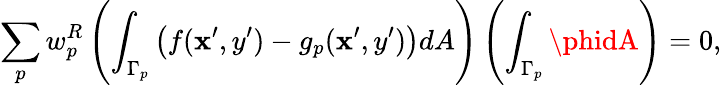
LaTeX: \sum_{p}w_{p}^{R}\left(\int_{\Gamma_{p}}\left(f(\mathbf{x}^{\prime},y^{\prime})-g_{p}(\mathbf{x}^{\prime},y^{\prime})\right)dA\right)\left(\int_{\Gamma_{p}}\phidA\right)=0,